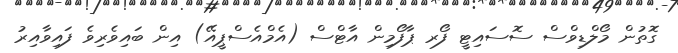
ގޮތުން މޯލްޑިވްސް ސޮސައިޓީ ފޯރ ޕާފޯމިން އާޓްސް (އެމްއެސްޕީއޭ) އިން ބައިވެރިވެ ފައިވާއިރު